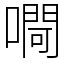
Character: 㗿